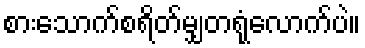
စားသောက်စရိတ်မျှတရုံလောက်ပဲ။